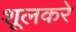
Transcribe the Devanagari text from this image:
शूलकरे